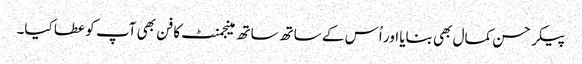
پیکر حسن کمال بھی بنایا اور اُس کے ساتھ ساتھ مینجمنٹ کا فن بھی آپ کو عطا کیا۔